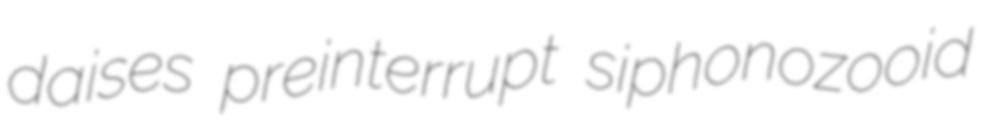
daises preinterrupt siphonozooid